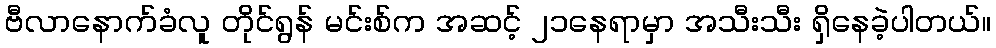
ဗီလာနောက်ခံလူ တိုင်ရွန် မင်းစ်က အဆင့် ၂၁နေရာမှာ အသီးသီး ရှိနေခဲ့ပါတယ်။